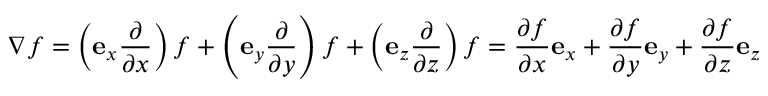
\nabla f = \left( \mathbf { e } _ { x } { \frac { \partial } { \partial x } } \right) f + \left( \mathbf { e } _ { y } { \frac { \partial } { \partial y } } \right) f + \left( \mathbf { e } _ { z } { \frac { \partial } { \partial z } } \right) f = { \frac { \partial f } { \partial x } } \mathbf { e } _ { x } + { \frac { \partial f } { \partial y } } \mathbf { e } _ { y } + { \frac { \partial f } { \partial z } } \mathbf { e } _ { z }